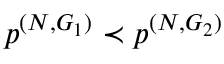
\boldsymbol { p } ^ { ( N , G _ { 1 } ) } \prec \boldsymbol { p } ^ { ( N , G _ { 2 } ) }